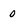
Character: 0